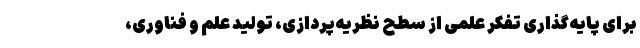
برای پایه­گذاری تفکر علمی از سطح نظریه­پردازی، تولید علم و فناوری،